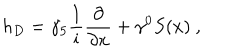
LaTeX: h _ { D } = { \gamma _ { 5 } } \frac { 1 } { 1 } { i } \frac { \partial } { \partial x } + \gamma ^ { 0 } S ( x ) \ ,